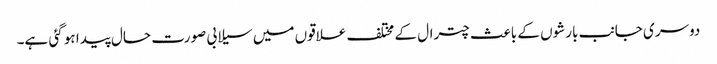
دوسری جانب بارشوں کے باعث چترال کے مختلف علاقوں میں سیلابی صورت حال پیدا ہو گئی ہے۔